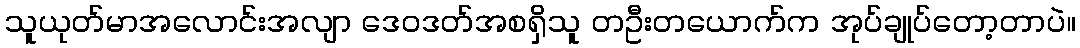
သူယုတ်မာအလောင်းအလျာ ဒေဝဒတ်အစရှိသူ တဦးတယောက်က အုပ်ချုပ်တော့တာပဲ။